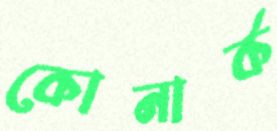
কোনার্ক